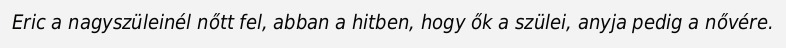
Eric a nagyszüleinél nőtt fel, abban a hitben, hogy ők a szülei, anyja pedig a nővére.